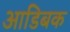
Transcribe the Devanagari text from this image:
आडिबक